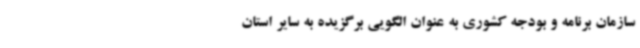
سازمان برنامه و بودجه کشوری به عنوان الگویی برگزیده به سایر استان